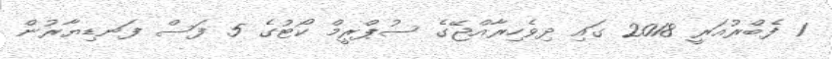
1 ފެބްރުއަރީ 2018 ގައި ދިވެހިރާއްޖޭގެ ސުޕްރީމް ކޯޓުގެ 5 ފަސް ފަނޑިޔާރުން